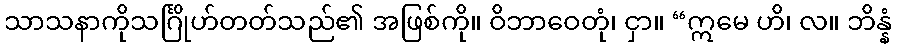
သာသနာကိုသင်္ဂြိုဟ်တတ်သည်၏ အဖြစ်ကို။ ဝိဘာဝေတုံ၊ ငှာ။ “ဣမေ ဟိ၊ လ။ ဘိန္နံ